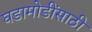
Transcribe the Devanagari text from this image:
घडामोडींसाठी